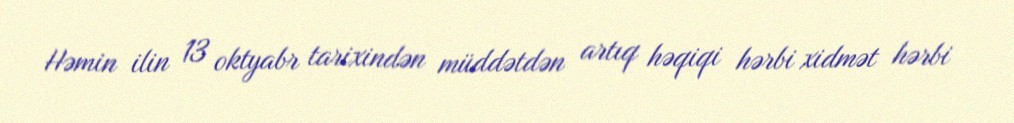
Həmin ilin 13 oktyabr tarixindən müddətdən artıq həqiqi hərbi xidmət hərbi